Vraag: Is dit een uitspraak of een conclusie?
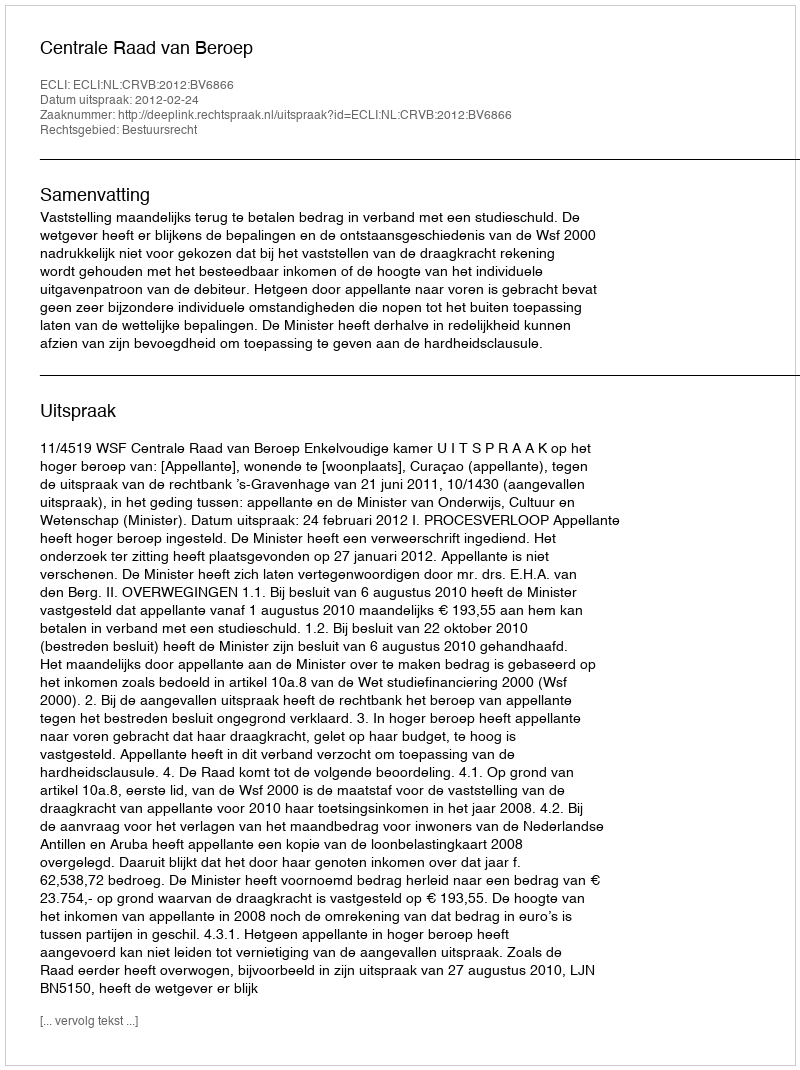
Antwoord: Uitspraak